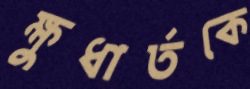
ক্ষুধার্তকে